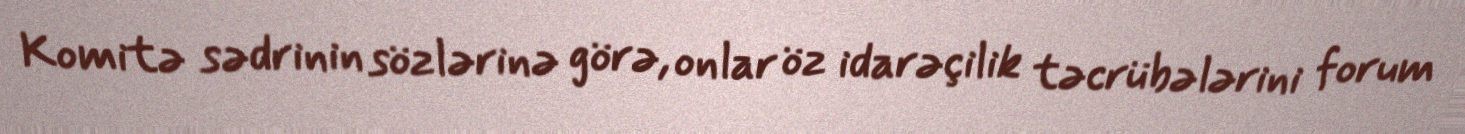
Komitə sədrinin sözlərinə görə, onlar öz idarəçilik təcrübələrini forum